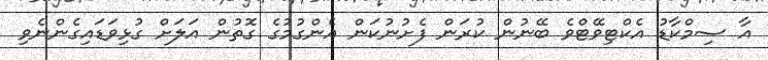
އާ ސިމްކާޑު އެކްޓިވޭޓްވެ ބޭނުން ކުރަން ފެށުނުކަން އެންގުމުގެ ގޮތުން އަލަށް ގުޅިވަޑައިގެންނެވި